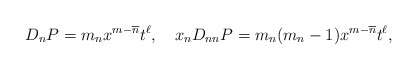
\begin{align*}D_n P = m_n x^{m-\overline n} t^\ell,\ \ \ x_n D_{nn} P = m_n(m_n-1) x^{m-\overline n} t^\ell,\end{align*}